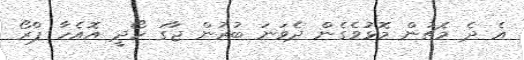
އެ ދެ މެޗުން މޮޅުވެގެން ދެވަނަ ބުރުން ޖާގަ ހޯދީ އޮއެހާ ޕްރޯ